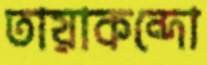
তায়াকন্দো